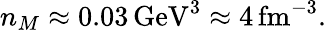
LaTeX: n_{M}\approx 0.03\, \mathrm{GeV}^{3}\approx 4\, \mathrm{fm}^{-3}.